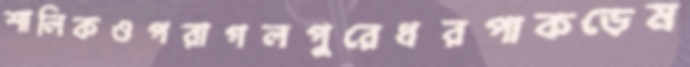
শালিকওপরাগলপুরেধরপাকড়েম